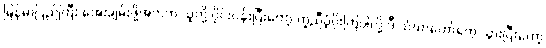
မြန်မာပြည်ကြီး အေးချမ်းဖို့အတွက် သူတို့ ဝိုင်းဝန်းပြီးတော့ ကူညီပံ့ပိုးကြပါလို့ ဒီ သံဃာတော်တွေ သွားပြီးတော့